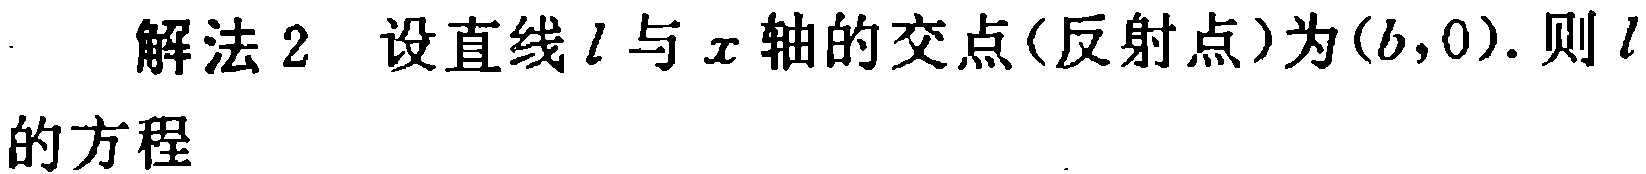
解法 2 设直线\(l\)与\(x\)轴的交点(反射点)为\((b,0)\). 则\(l\)的方程